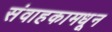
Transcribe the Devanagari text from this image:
संवाहकामधून